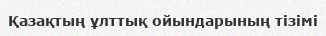
Қазақтың ұлттық ойындарының тізімі